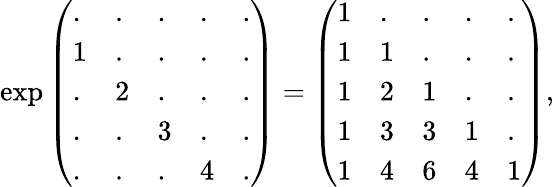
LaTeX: \exp{\left(\begin{array}{lllll}{.}&{.}&{.}&{.}&{.}\\ {1}&{.}&{.}&{.}&{.}\\ {.}&{2}&{.}&{.}&{.}\\ {.}&{.}&{3}&{.}&{.}\\ {.}&{.}&{.}&{4}&{.}\end{array}\right)}={\left(\begin{array}{lllll}{1}&{.}&{.}&{.}&{.}\\ {1}&{1}&{.}&{.}&{.}\\ {1}&{2}&{1}&{.}&{.}\\ {1}&{3}&{3}&{1}&{.}\\ {1}&{4}&{6}&{4}&{1}\end{array}\right)},